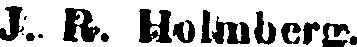
J. R. Holmberg.